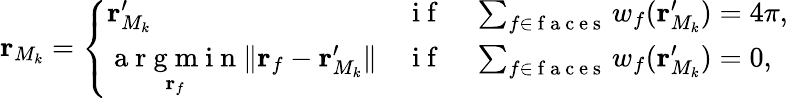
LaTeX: \mathbf{r}_{M_{k}}=\left\{ \begin{array}{ll}{\mathbf{r}_{M_{k}}^{\prime}}&{\mathrm{~i~f~}\quad\sum_{f\in\mathrm{~f~a~c~e~s~}}w_{f}(\mathbf{r}_{M_{k}}^{\prime})=4\pi,}\\ {\underset{\mathbf{r}_{f}}{\mathrm{~a~r~g~m~i~n~}}\lVert\mathbf{r}_{f}-\mathbf{r}_{M_{k}}^{\prime}\rVert}&{\mathrm{~i~f~}\quad\sum_{f\in\mathrm{~f~a~c~e~s~}}w_{f}(\mathbf{r}_{M_{k}}^{\prime})=0,}\end{array}\right.